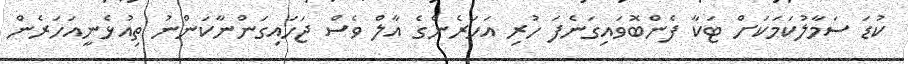
ކުޑަ ސަމާލުކަމަކަށް ޓަކާ ފެންބޮވައިގަނެފަ ހުރި އަހަރެންގެ އާލް ވެސް ޖަހައިގަންނާކަންނު ތިއުޅެނީއަހަރެން